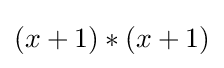
(x+1)*(x+1)